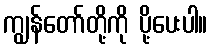
ကျွန်တော်တို့ကို ပို့ပေးပါ။